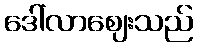
ဒေါ်လာဈေးသည်